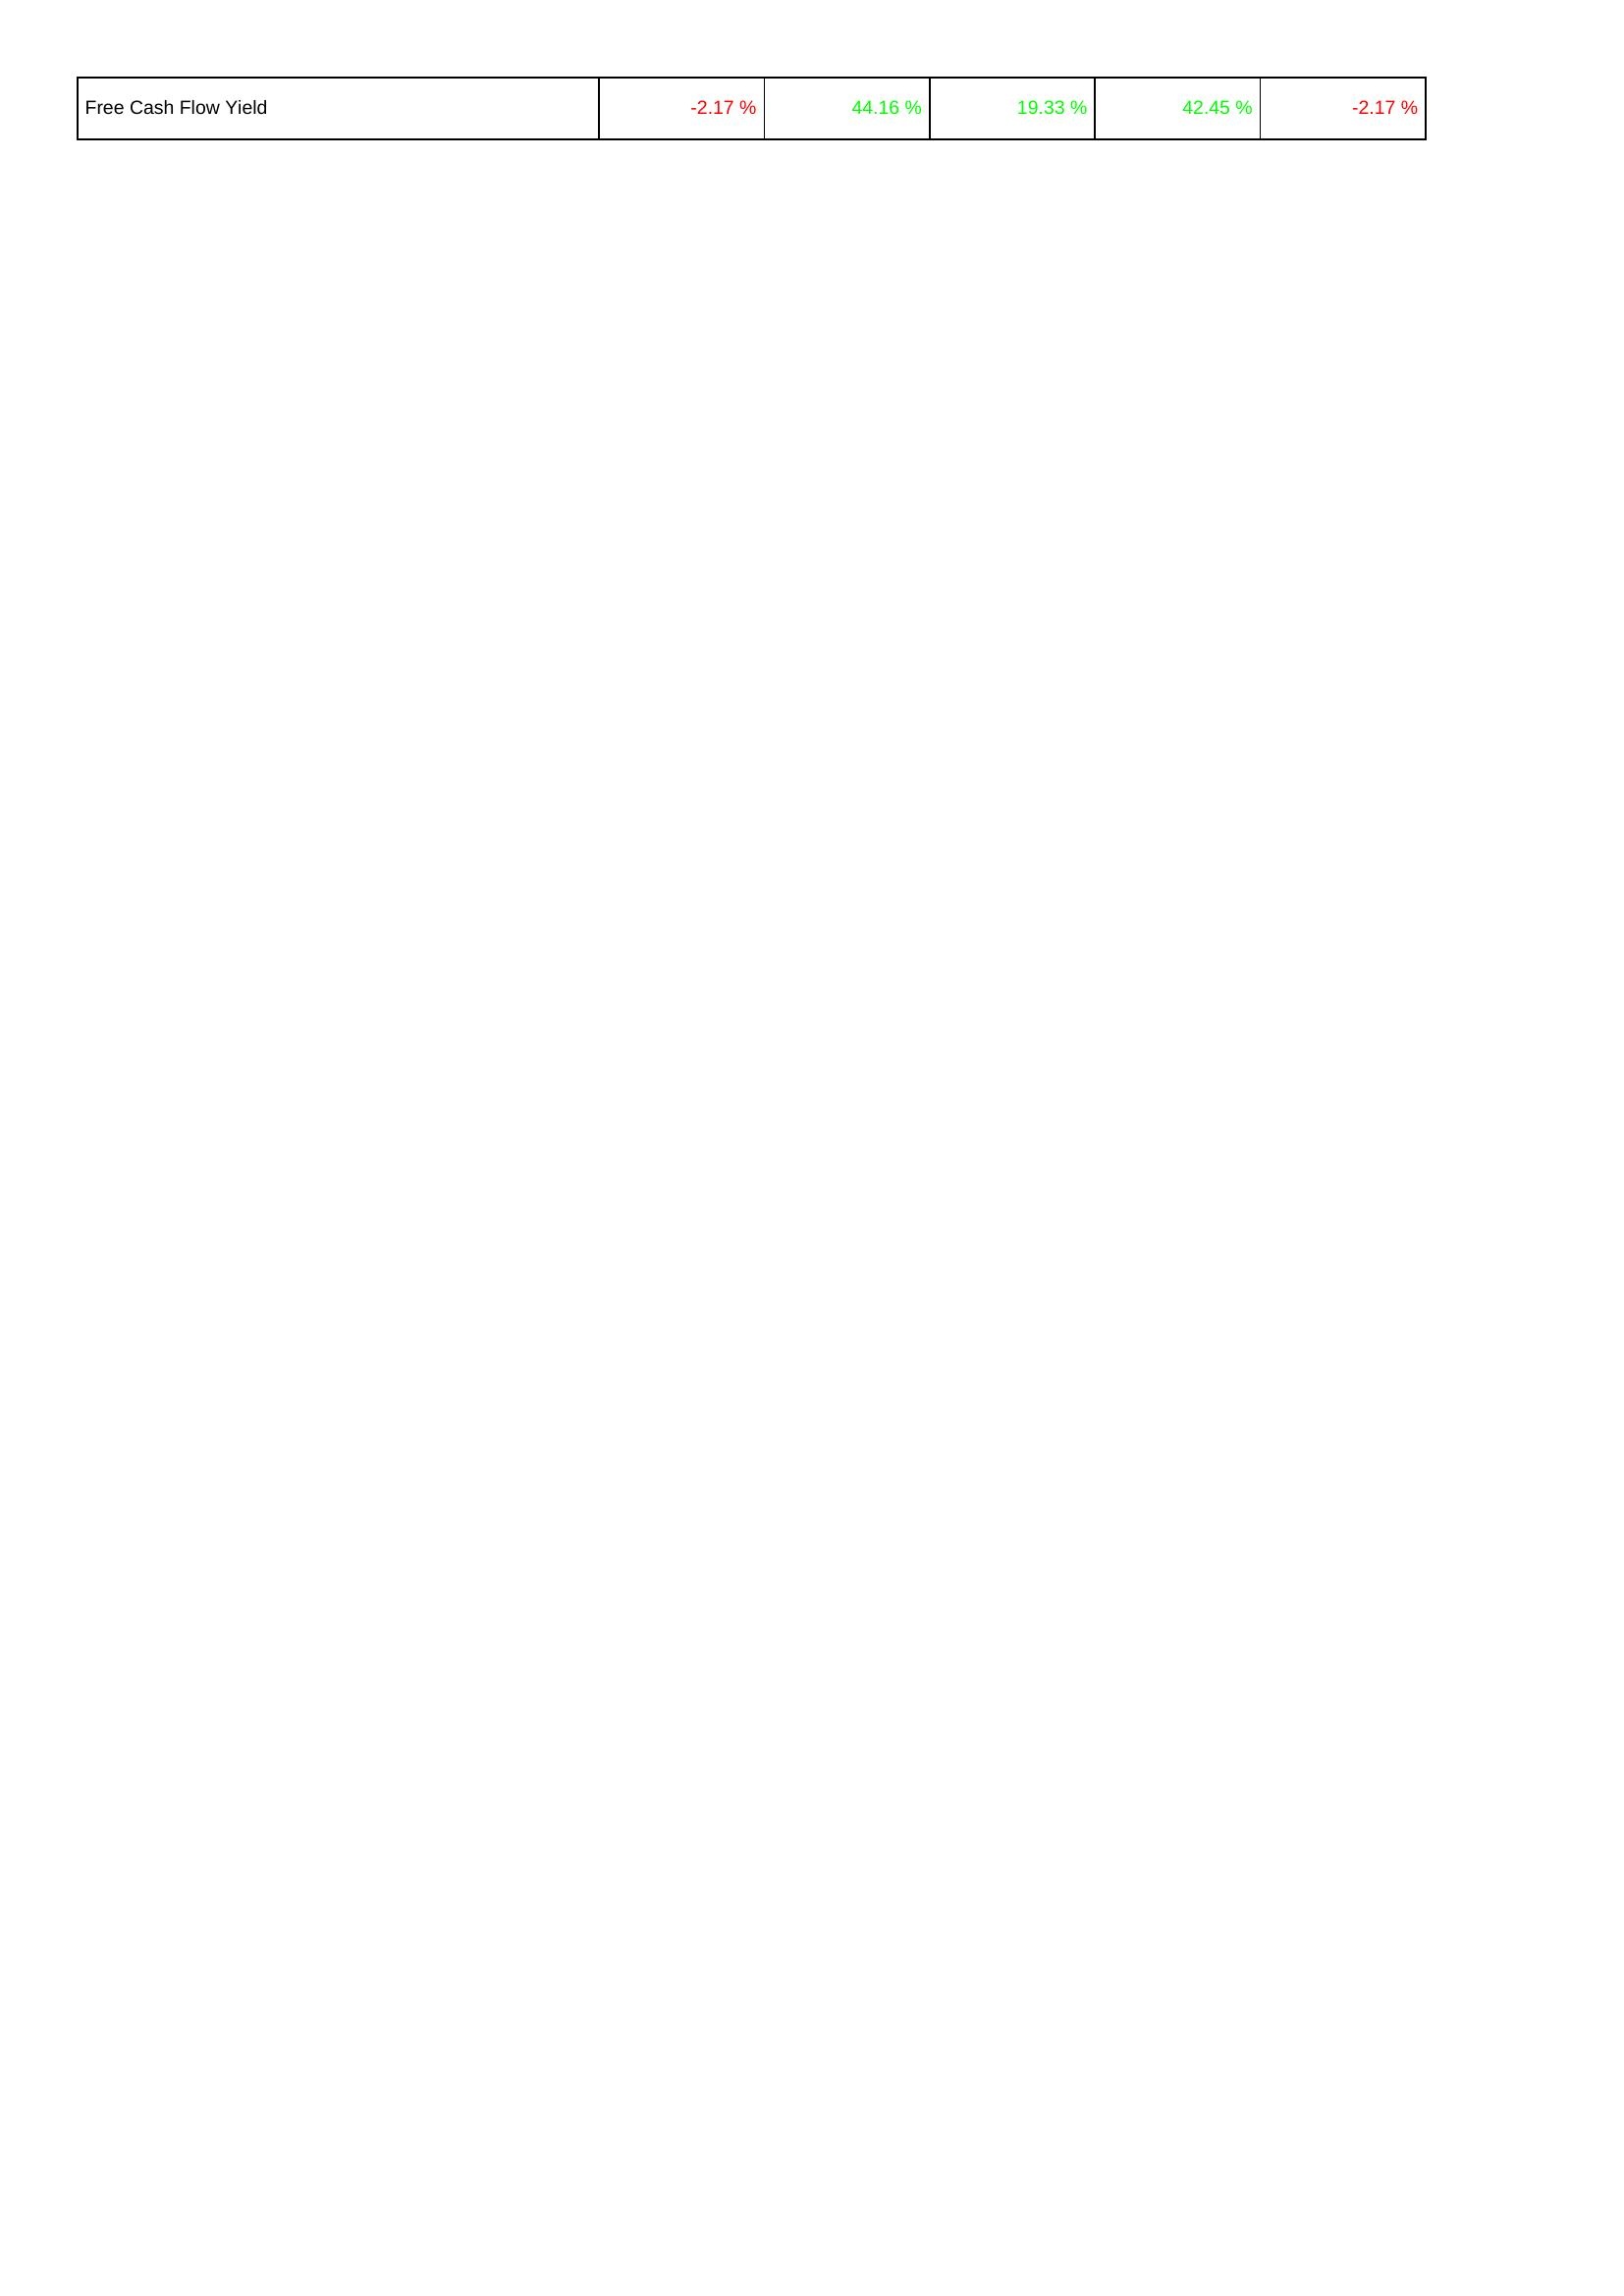
2011: Financing Activities: Free Cash Flow Yield: -2.17 %
2012: Financing Activities: Free Cash Flow Yield: 44.16 %
2013: Financing Activities: Free Cash Flow Yield: 19.33 %
2014: Financing Activities: Free Cash Flow Yield: 42.45 %
2015: Financing Activities: Free Cash Flow Yield: -2.17 %